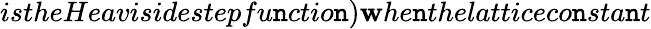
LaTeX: istheHeavisidestepfu\mathtt{n}ctio\mathtt{n})\mathbf{w}he\mathtt{n}thelatticeco\mathtt{n}sta\mathtt{n}t